Lock hospitals Punjab
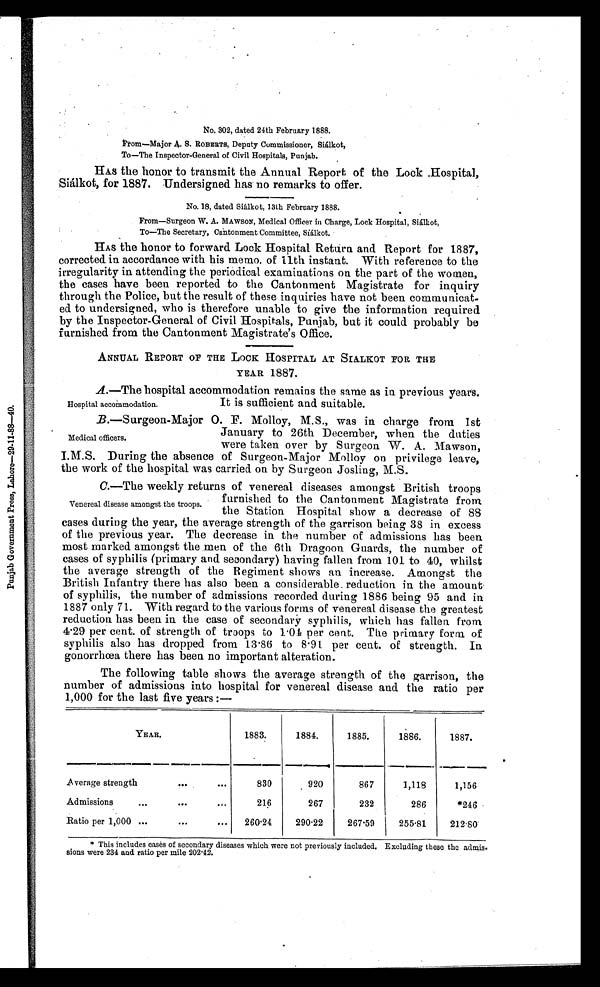
No, 302, dated 24th February 1888.
From—Major A. S. ROBERTS, Deputy Commissioner, Siálkot,
To—The Inspector-General of Civil Hospitals, Punjab.
HAS the honor to transmit the Annual Report of the Lock Hospital,
Siálkot, for 1887. Undersigned has no remarks to offer.
No. 18, dated Siálkot, 13th February 1888.
From—Surgeon W. A. MAWSON, Medical Officer in Charge, Lock Hospital, Siálkot,
To—The Secretary, Cantonment Committee, Siálkot.
HAS the honor to forward Lock Hospital Return and Report for 1887,
corrected. in accordance with his memo. of 11th instant. With reference to the
irregularity in attending the periodical examinations on the part of the women,
the cases have been reported to the Cantonment Magistrate for inquiry
through the Police, but the result of these inquiries have not been communicat-
ed to undersigned, who is therefore unable to give the information required
by the Inspector-General of Civil Hospitals, Punjab, but it could probably be
furnished from the Cantonment Magistrate's Office.
ANNUAL REPORT OF THE LOCK HOSPITAL AT SIALKOT FOR THE
YEAR 1887.
A. —The hospital accommodation remains the same as in previous years.
It is sufficient and suitable.
B.—Surgeon-Major O. F. Molloy, M.S., was in charge from 1st
January to 26th December, when the duties
were taken over by Surgeon W. A. Mawson,
I.M.S. During the absence of Surgeon-Major Molloy on privilege leave,
the work of the hospital was carried on by Surgeon Josling, M.S.
C.—The weekly returns of venereal diseases amongst British troops
furnished to the Cantonment Magistrate from
the Station Hospital show a decrease of 88
cases during the year, the average strength of the garrison being 38 in excess
of the previous year. The decrease in the number of admissions has been
most marked amongst the men of the 6th Dragoon Guards, the number of
cases of syphilis (primary and secondary) having fallen from 101 to 40, whilst
the average strength of the Regiment shows an increase. Amongst the
British Infantry there has also been a considerable reduction in the amount
of syphilis, the number of admissions recorded during 1886 being 95 and in
1887 only 71. With regard to the various forms of venereal disease the greatest
reduction has been in the case of secondary syphilis, which has fallen from
4. 29 per cent. of strength of troops to 1 . 04 per cent. The primary form of
syphilis also has dropped from 13 . 86 to 8 . 91 per cent. of strength. In
gonorrhœa there has been no important alteration.
The following table shows the average strength of the garrison, the
number of admissions into hospital for venereal disease and the ratio per
1,000 for the last five years :—
YEAR.
1883.
1884.
1885.
1886.
1887.
Average strength
830
920
867
1,118
1,156
Admissions
216
267
232
286
*246
Ratio per 1,000
260. 24
290·22
267·59
255 .81
212.80
Hospital accommodation
Medical officers.
Venereal disease amongst the troops.
*This includes cases of secondary diseases which were not previously included, Excluding these the admis
-sions were 234 and ratio per mile 202·42.